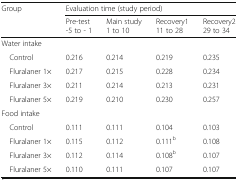
<table><thead><tr><td rowspan="2"><b>Group</b></td><td colspan="4"><b>Evaluation time (study period)</b></td></tr><tr><td><b>Pre-test-5 to - 1</b></td><td><b>Main study1 to 10</b></td><td><b>Recovery111 to 28</b></td><td><b>Recovery229 to 34</b></td></tr></thead><tbody><tr><td colspan="5">Water intake</td></tr><tr><td> Control</td><td>0.216</td><td>0.214</td><td>0.219</td><td>0.235</td></tr><tr><td> Fluralaner 1×</td><td>0.217</td><td>0.215</td><td>0.228</td><td>0.234</td></tr><tr><td> Fluralaner 3×</td><td>0.211</td><td>0.214</td><td>0.213</td><td>0.231</td></tr><tr><td> Fluralaner 5×</td><td>0.219</td><td>0.210</td><td>0.230</td><td>0.257</td></tr><tr><td colspan="5">Food intake</td></tr><tr><td> Control</td><td>0.111</td><td>0.111</td><td>0.104</td><td>0.103</td></tr><tr><td> Fluralaner 1×</td><td>0.115</td><td>0.112</td><td>0.111<sup>b</sup></td><td>0.108</td></tr><tr><td> Fluralaner 3×</td><td>0.112</td><td>0.114</td><td>0.108<sup>b</sup></td><td>0.107</td></tr><tr><td> Fluralaner 5×</td><td>0.110</td><td>0.111</td><td>0.107</td><td>0.107</td></tr></tbody></table>